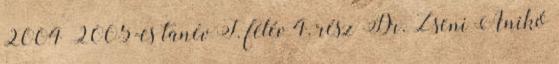
2004 2005-es tanév I. félév 4. rész Dr. Zseni Anikó